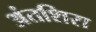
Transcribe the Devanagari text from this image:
अंतशिरा